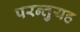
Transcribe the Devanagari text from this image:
परन्तुयह